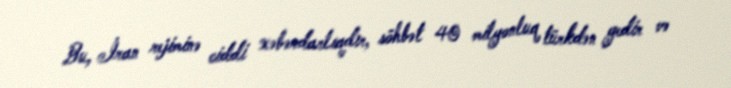
Bu, İran rejiminə ciddi xəbərdarlıqdır, söhbət 40 milyonluq türkdən gedir və